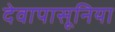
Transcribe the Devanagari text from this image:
देवापासूनिया